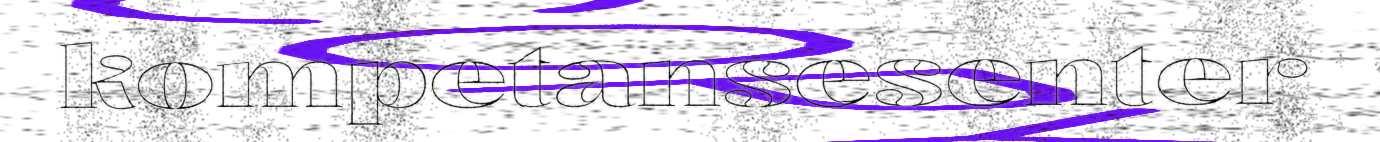
kompetansesenter